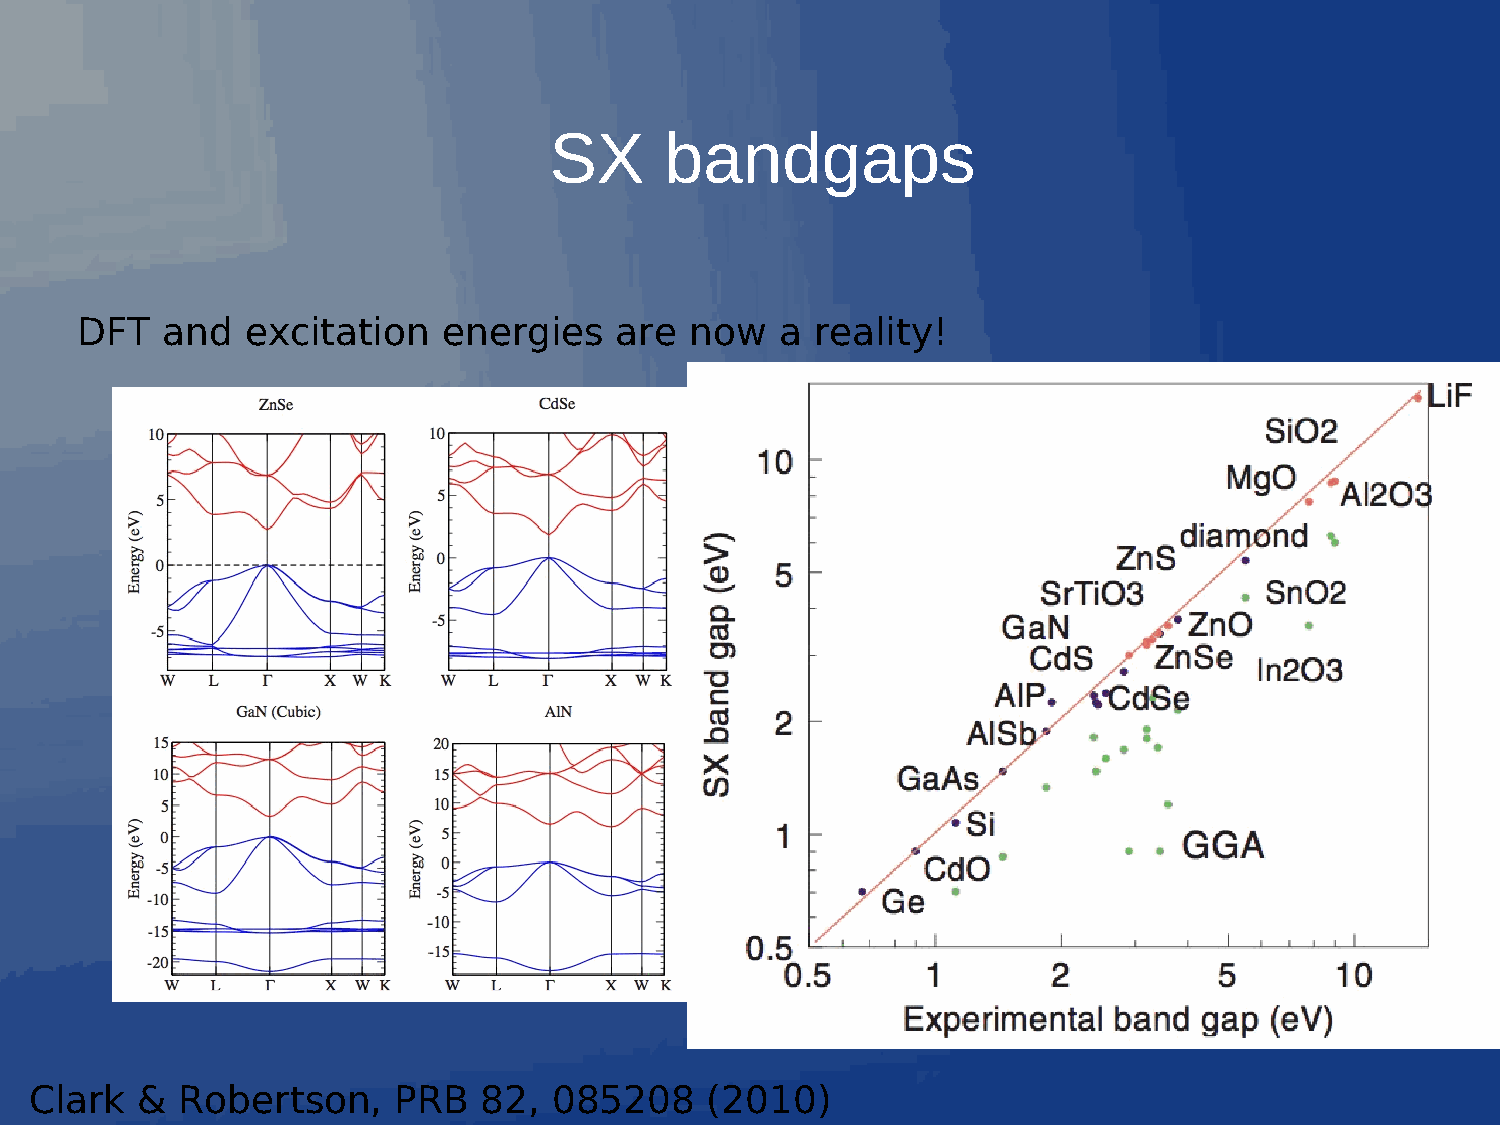
SX      bandgaps
 DFT   and  excitation   energies    are  now   a reality!
 Clark  &  Robertson,    PRB   82,  085208    (2010)